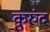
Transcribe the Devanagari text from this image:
कुरुंद